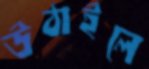
উঠাইলে